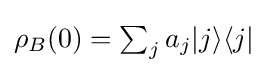
\textstyle \rho _{B}(0)=\sum _{j}a_{j}|j\rangle \langle j|